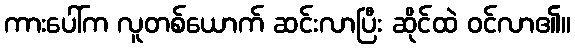
ကားပေါ်က လူတစ်ယောက် ဆင်းလာပြီး ဆိုင်ထဲ ဝင်လာ၏။